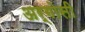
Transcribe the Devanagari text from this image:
अर्गोसी